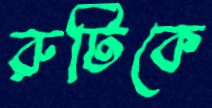
রুটিকে